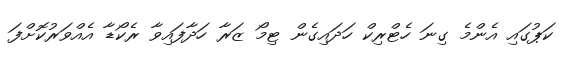
ކަޕުގައި އެންމެ ގިނަ ހެޓްރިކް ހަދައިގެން ޓިމޯ ޒަރާ ހަދާފައިވާ ރެކޯޑާ އެއްވަރުކޮށްފަ